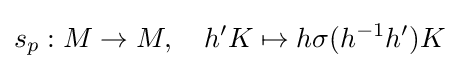
s_{p}:M\to M,\quad h'K\mapsto h\sigma (h^{-1}h')K